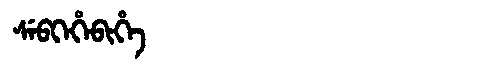
Manchu: ᠰᡝᠪᡴᡝᡥᡝᠪᡳᡥᡝ
Romanization: SEBKEHEBIHE